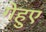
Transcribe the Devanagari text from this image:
गेहुए